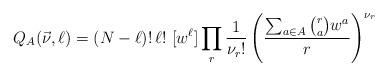
LaTeX: \begin{align*} Q_A(\vec{\nu},\ell) =(N-\ell)!\,\ell!\,\, [w^{\ell}]\prod_r\frac{1}{\nu_r!}\left(\frac{\sum_{a\in A}\binom{r}{a}w^a}{r}\right)^{\nu_r}\end{align*}